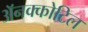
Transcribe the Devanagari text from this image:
अॅनक्कोटिल